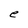
Character: e